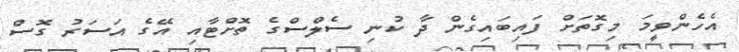
އެހެންވީމަ މިގޮތަށް ފައިބައިގެން ދާ ކުނި ސެލްސްގެ ތޮށްޓާއި އޭގެ އަސަރު ގޮސް